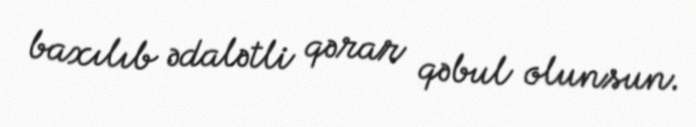
baxılıb ədalətli qərar qəbul olunsun.